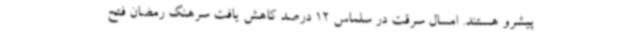
پیشرو هستند. امسال سرقت در سلماس 12 درصد کاهش یافت سرهنگ رمضان فتح